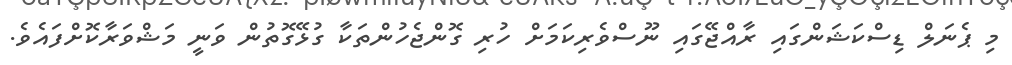
މި ޕެނަލް ޑިސްކަޝަންގައި ރާއްޖޭގައި ނޫސްވެރިކަަމަށް ހުރި ގޮންޖެހުންތަކާ ގުޅޭގޮތުން ވަނީ މަޝްވަރާކޮށްފައެވެ.